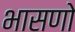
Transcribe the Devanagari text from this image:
भासणो